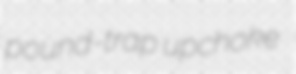
pound-trap upchoke